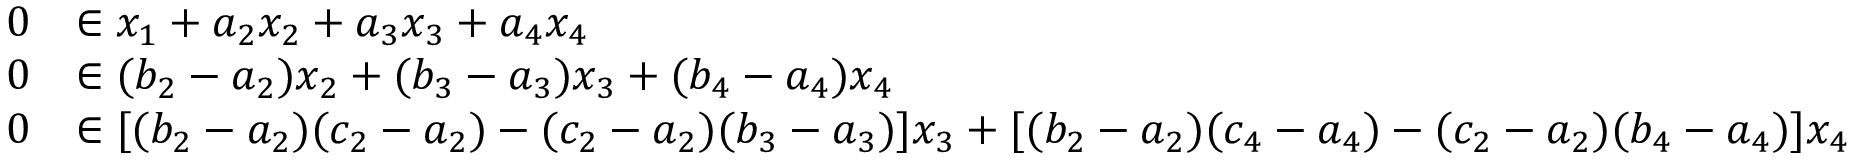
\begin{array} { r l } { 0 } & { \in x _ { 1 } + a _ { 2 } x _ { 2 } + a _ { 3 } x _ { 3 } + a _ { 4 } x _ { 4 } } \\ { 0 } & { \in ( b _ { 2 } - a _ { 2 } ) x _ { 2 } + ( b _ { 3 } - a _ { 3 } ) x _ { 3 } + ( b _ { 4 } - a _ { 4 } ) x _ { 4 } } \\ { 0 } & { \in [ ( b _ { 2 } - a _ { 2 } ) ( c _ { 2 } - a _ { 2 } ) - ( c _ { 2 } - a _ { 2 } ) ( b _ { 3 } - a _ { 3 } ) ] x _ { 3 } + [ ( b _ { 2 } - a _ { 2 } ) ( c _ { 4 } - a _ { 4 } ) - ( c _ { 2 } - a _ { 2 } ) ( b _ { 4 } - a _ { 4 } ) ] x _ { 4 } } \end{array}